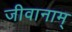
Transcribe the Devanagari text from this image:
जीवानाम्‌